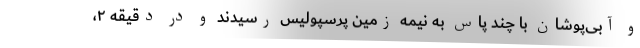
و آبی‌پوشان با چند پاس به نیمه زمین پرسپولیس رسیدند و در دقیقه ۲،